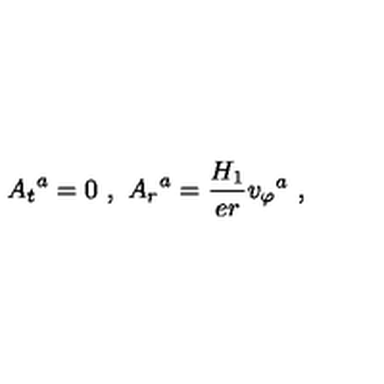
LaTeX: { A _ { t } } ^ { a } = 0 \ , \ { A _ { r } } ^ { a } = \frac { H _ { 1 } } { e r } { v _ { \varphi } } ^ { a } \ ,